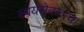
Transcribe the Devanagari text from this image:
स्वयंसेवकांचा